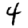
Digit: 4